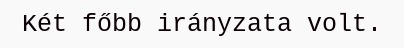
Két főbb irányzata volt.